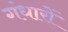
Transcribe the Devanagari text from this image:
गंधारों